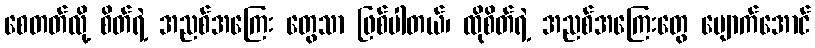
စေတတ်လို့ စိတ်ရဲ့ အညစ်အကြေး တွေသာ ဖြစ်ပါတယ်၊ ထိုစိတ်ရဲ့ အညစ်အကြေးတွေ ပျောက်အောင်